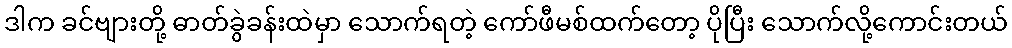
ဒါက ခင်ဗျားတို့ ဓာတ်ခွဲခန်းထဲမှာ သောက်ရတဲ့ ကော်ဖီမစ်ထက်တော့ ပိုပြီး သောက်လို့ကောင်းတယ်